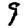
Digit: 9